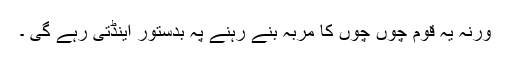
ورنہ یہ قوم چوں چوں کا مربہ بنے رہنے پہ بدستور اینڈتی رہے گی ۔